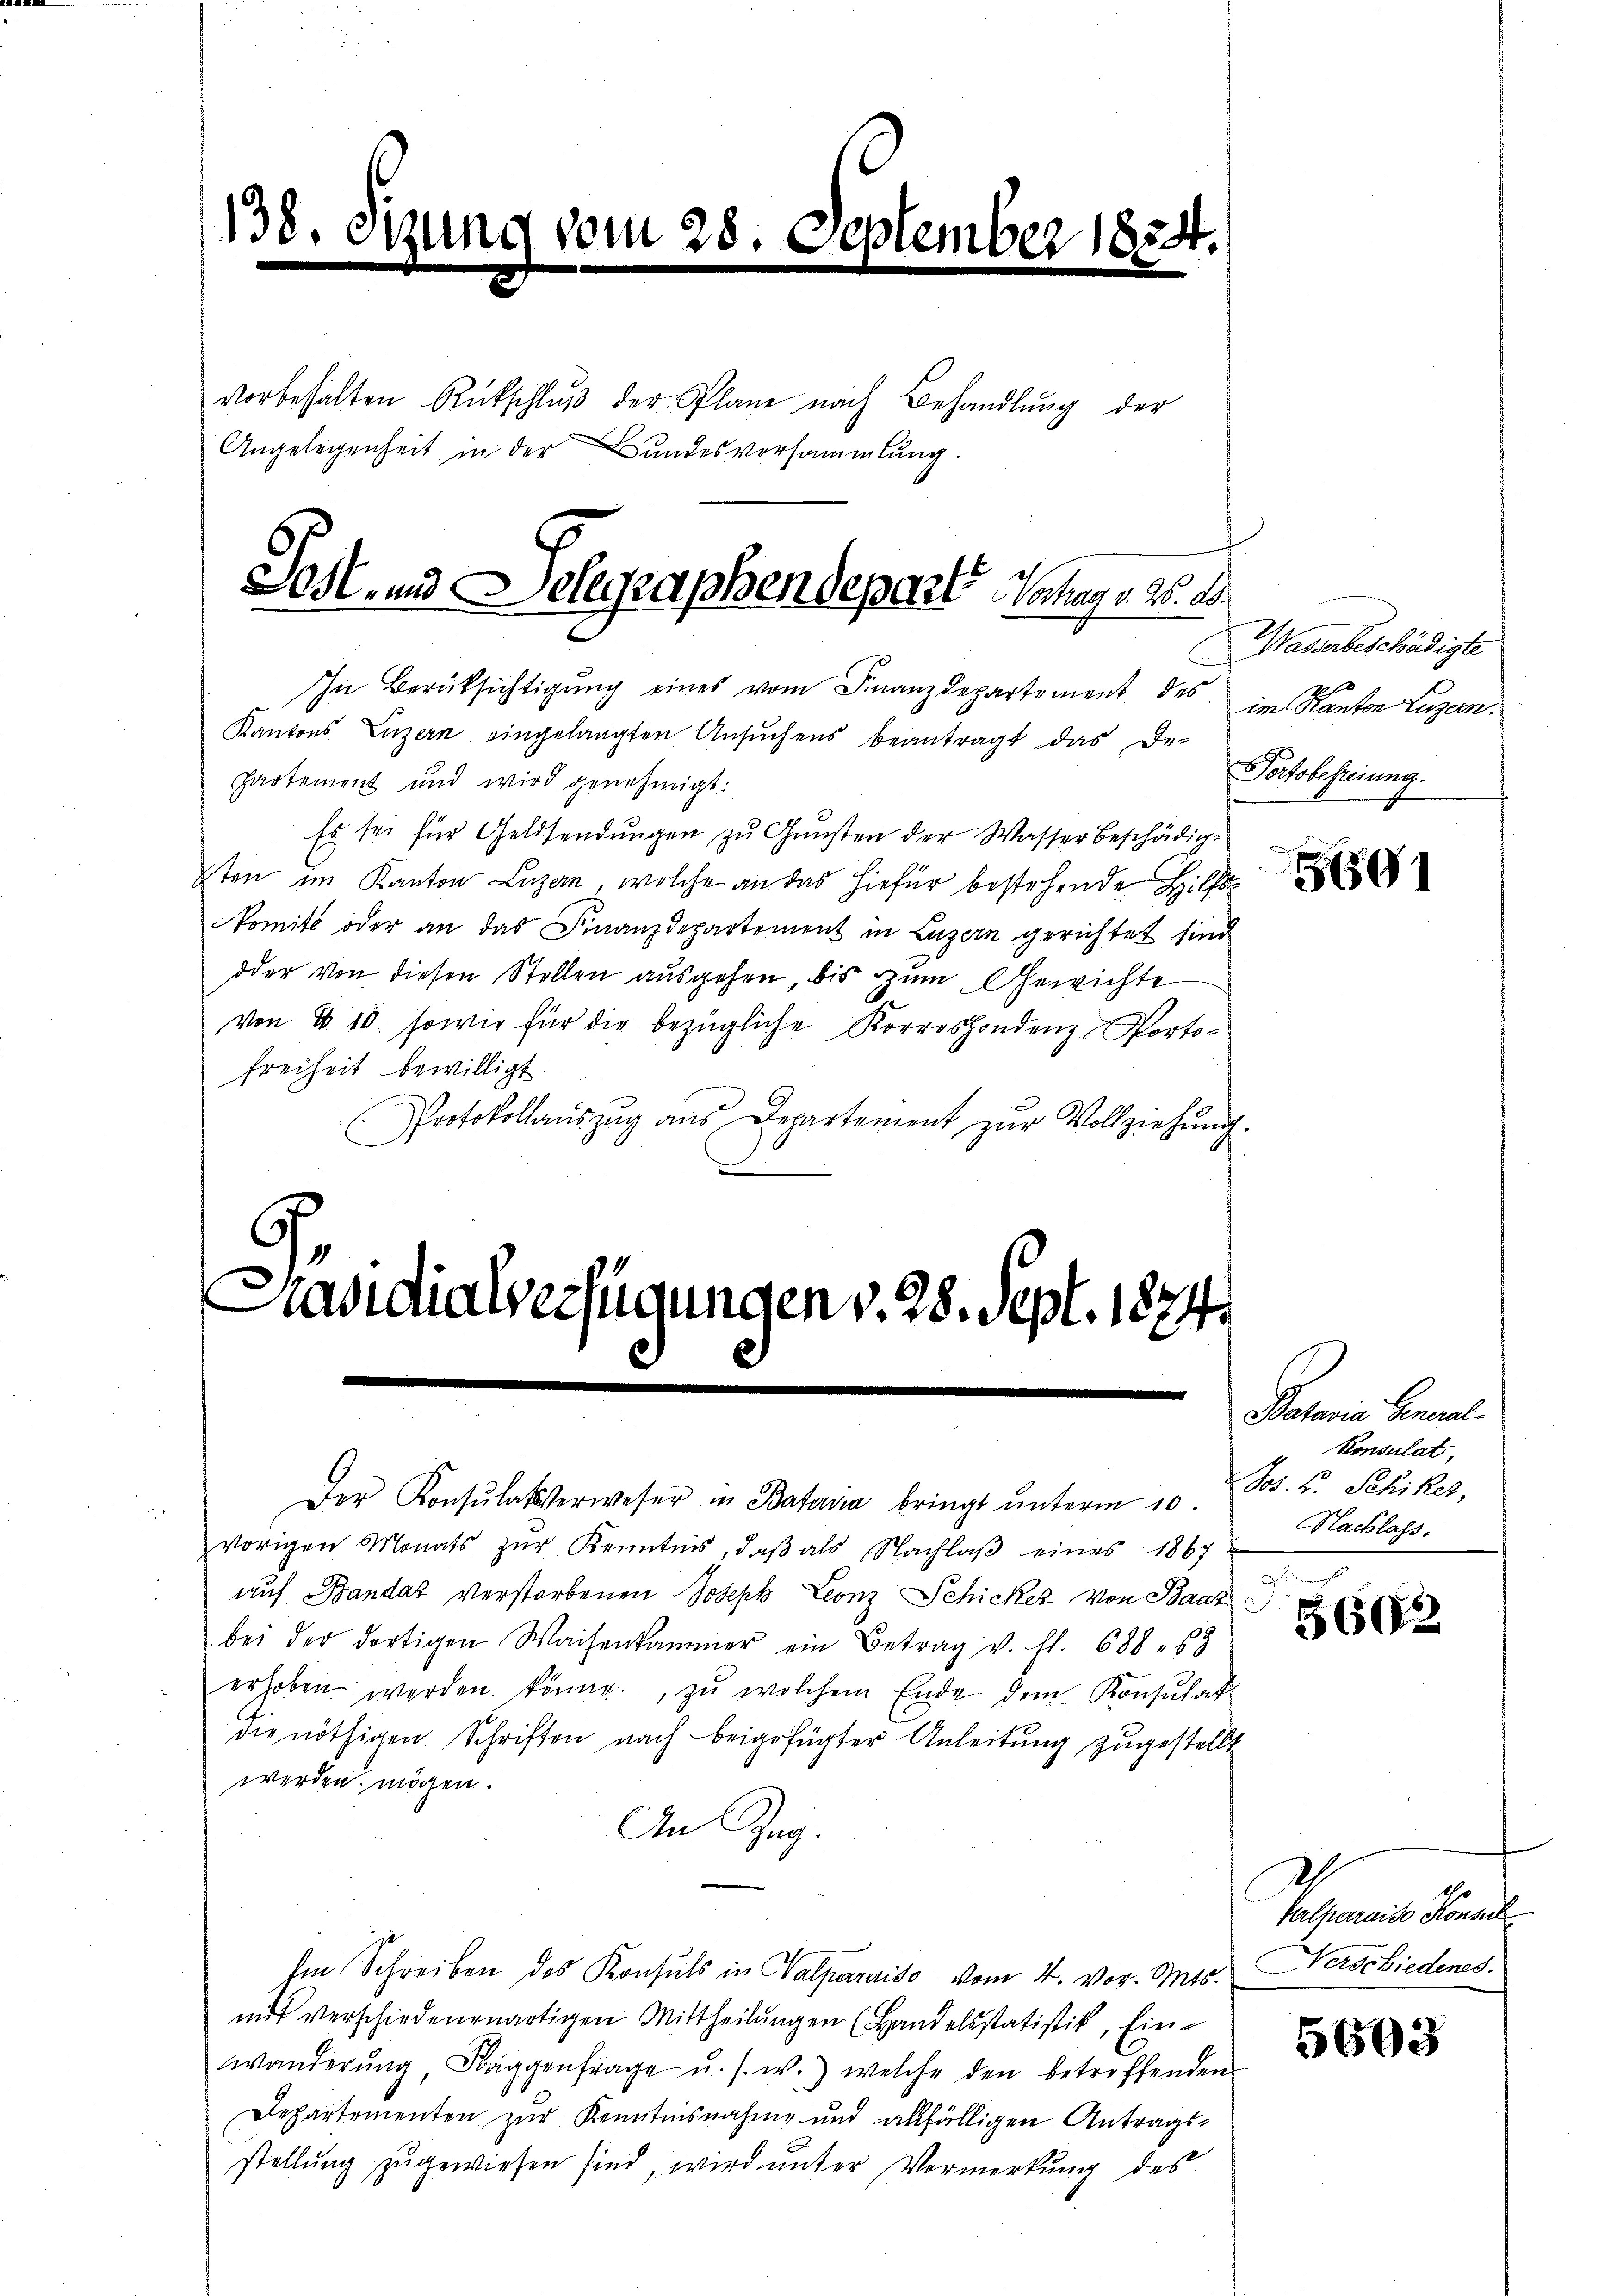
138. Sitzung vom 28. September 1854.

vorbehalten Rückschlŭβ der Plane nach Behandlŭng der
Angelegenheit in der Bundesversammlung.

Jost und Delegraphendeparte Anlage 15. d.

In Berüksichtigung eines vom Finanzdepartement des
Kantons Luzern eingelangten Ansŭchens beantragt das De-
partement und wird genehmigt:
Es sei für Geldsendungen zu Gunsten der Wasser beschädig-
sten im Kanton Luzern, welche an das hiefür bestehende Hilfskomite oder an das Finanzdepartement in Luzern gerichtet sind
dder von diesen Stellen ausgehen, bis zum Gewichte
von B. 10. sowie für die bezügliche Korrespondenz Porto¬
Freiheit bewilligt.
Protokollauszug aus Departement zur Vollziehung.

.
Präsidialverfügungen v. 28. Sept. 1874.

vorigen Monats zŭr Kenntnis, daβ als Nachlaβ eines 1867
auf Bandat verstorbenen Joseph Leonz Schicker von Baar
bei der dortigen Waisenkammer ein Betrag v. fl. 688. 53
erhoben werden könne, zŭ welchem Ende dem Konsulat
die nöthigen Schriften nach beigefügter Anleitŭng zugestellt
werden mögen.
An Zug.
Ein Schreiben des Konsuls in Halparaiso vom 4. vor. Mts.
mit verschiedenenartigen Mittheilŭngen (Handelsstatistik, Ein-
wanderŭng, Käggenfrage u. s. w.) welche den betreffenden
Departementen zur Kenntnisnahme und abfälligen Antrags-
stellung zugewiesen sind, wird unter Vormerkung des

Der Konsulatsverweser in Batavia bringt ŭnterm 10.

Wasserbeschädigte
im Kanton Lugan
Portobefreiung.

5891

Patorie Genual-
Konsulat,
Jos. F. Schiker,
Nachlass.

5602

2
Valparaise Konsul
Nerschiedenes.

5603